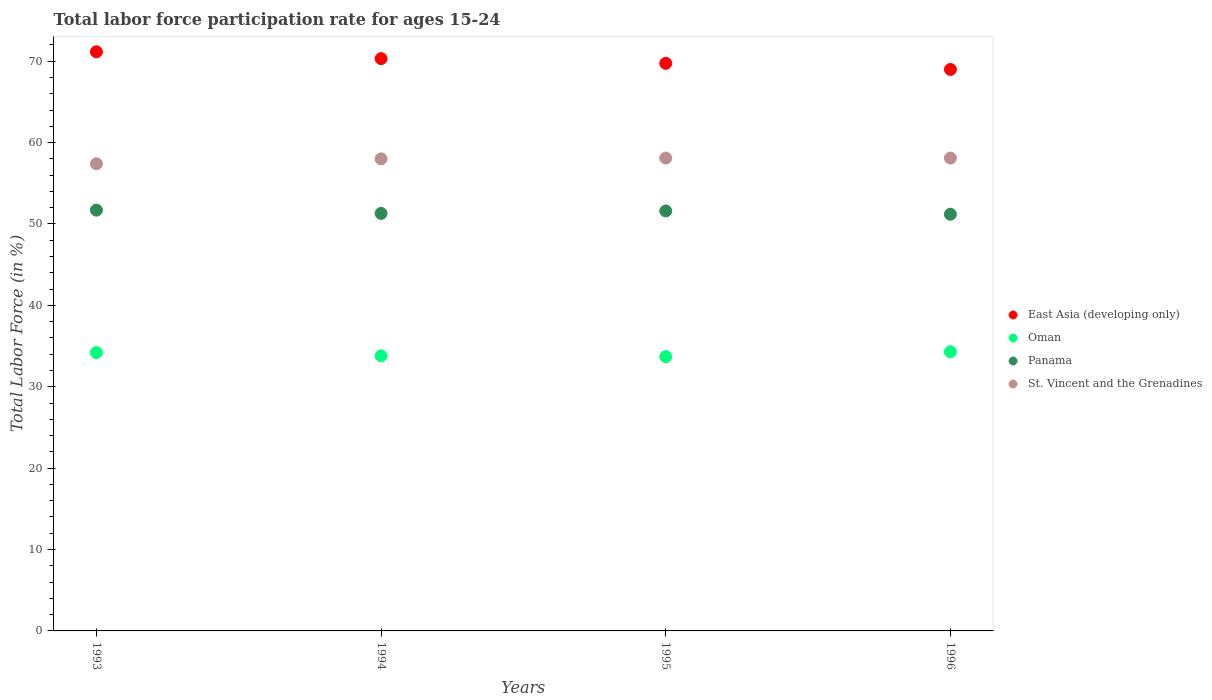
| Years | East Asia (developing only) | Oman | Panama | St. Vincent and the Grenadines |
 | --- | --- | --- | --- | --- |
 | 1993 | 71.2 | 34.2 | 51.7 | 57.4 |
 | 1994 | 70.3 | 33.8 | 51.3 | 58 |
 | 1995 | 69.7 | 33.7 | 51.6 | 58.1 |
 | 1996 | 69 | 34.3 | 51.2 | 58.1 |